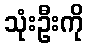
သုံးဦးကို